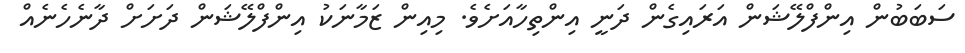
ސަބަބުން އިންފްލޭޝަން އަރައިގެން ދަނީ އިންތިހާއަށެވެ. މިއިން ޒަމާނަކު އިންފްލޭޝަން ދަށަށް ދާނެހެނެއް